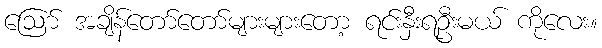
ဩော် အချိန်တော်တော်များများတော့ ရင်းနှီးရဦးမယ် ကိုလေး။